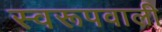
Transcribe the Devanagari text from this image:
स्वरूपवाली